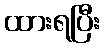
ထားရပြီး